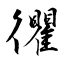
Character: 忂